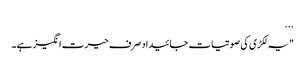
...
"یہ لکڑی کی صوتیات جائیداد صرف حیرت انگیز ہے ۔